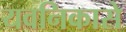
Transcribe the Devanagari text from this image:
यवनिकासे